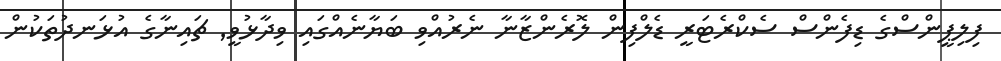
ފިލިޕީންސްގެ ޑިފެންސް ސެކްރެޓަރީ ޑެލްފިން ލޮރެންޒާނާ ނެރުއްވި ބަޔާނެއްގައި ވިދާޅުވީ